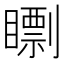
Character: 𥋠